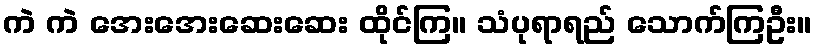
ကဲ ကဲ အေးအေးဆေးဆေး ထိုင်ကြ။ သံပုရာရည် သောက်ကြဦး။